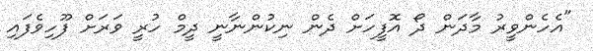
"އެހެންވީރު މާދަން ދޯ އޮފީހަށް ދެން ނިކުންނާނީ ދީމް ހުރީ ވަރަށް ފޫހިވެފައި